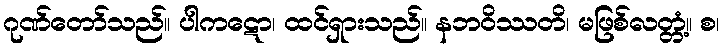
ဂုဏ်တော်သည်။ ပါကဋော၊ ထင်ရှားသည်။ နဘဝိဿတိ၊ မဖြစ်လတ္တံ့။ စ၊